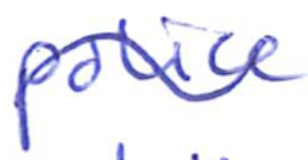
Text: police
Cross-out: wave
Writing tool: ballpoint